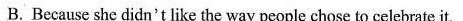
B.Because she didn't like the way people chose to celebrate it.